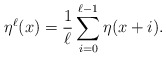
\begin{align*}\eta^\ell(x) = \frac{1}{\ell} \sum_{i=0}^{\ell-1} \eta(x+i).\end{align*}